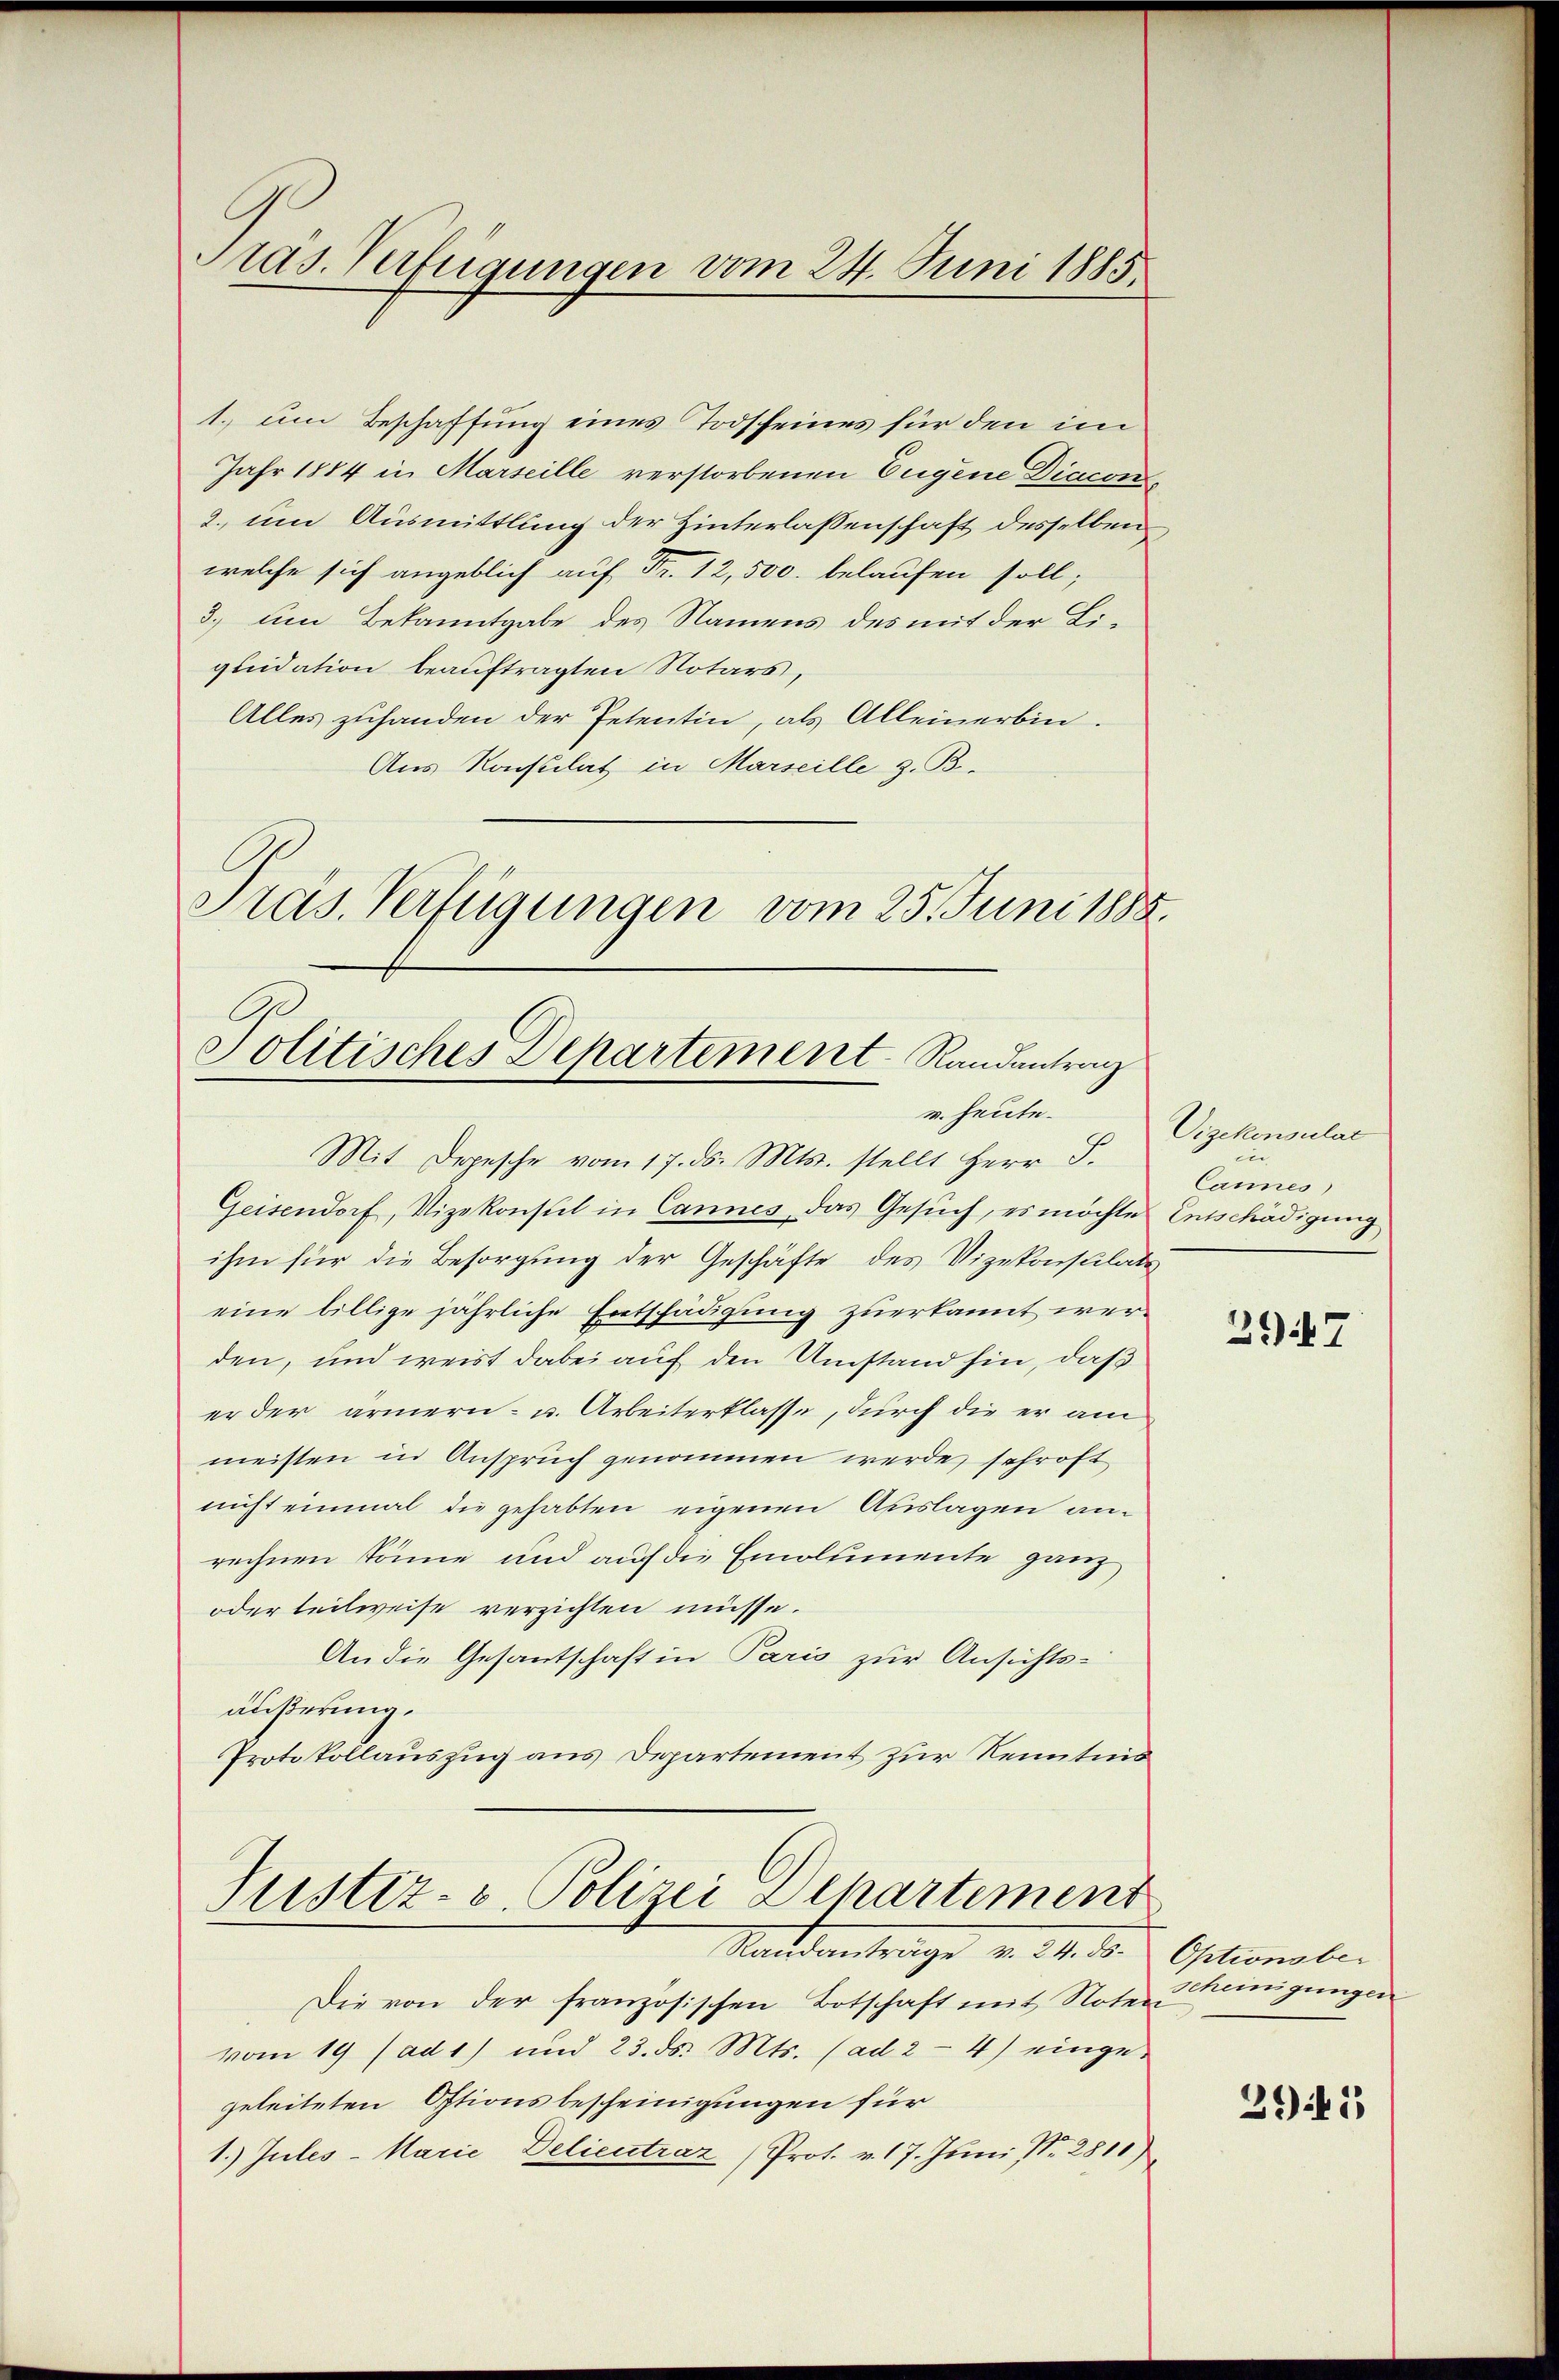
Pras. Verfügungen vom 24. Juni 1885

1. um Beschaffung eines Todscheines für den im
Jahr 1884 in Marseille verstorbenen Eugene Diacon¬
2. um Ausmittlung der Hinterlassenschaft desselben
welche sich angeblich auf Fr. 12,500. belaufen soll;
3.) Um Bekanntgabe des Namens des mit der Liquidation beauftragten Notars,
Alles zuhanden der Petentin, als Alleinerbin-
Aus Konsulat in Marseille z. B.
Präs. Verfügungen vom 25. Juni 1888.

Politisches Departement Randantrag
v. heute.

Mit Depesche vom 17. ds. Mts. stellt Herr S.
Geisendorf, Vizekonsul in Cannes, das Gesŭch, es möchte Entschädigung
ihm für die Besorgung der Geschäfte des Vizekonsulate
eine billige jährliche Entschädigung zuerkannt werden, und weist dabei auf den Umstand hin, daß
er der armern- u. Arbeiterklasse, durch die er am
meisten in Anspruch genommen werde, schrift
nicht einmal die gehabten eigenen Auslagen anrechnen könne und auf die Emolumente ganz
oder teilweise verzichten müsse.
An die Gesantschaft in Paris zur Ansichtsäußerung.
Protokollauszug aus Departement zur Kenntnis

Justiz- u. Polizei Departement
Sadeantrage v. 14. d.

Die von der französischen Botschaft mit Noten
vom 19 (ad 1) und 23. ds. Mts. (ad 2 - 4) eingegeleiteten Optionsbescheinigungen für
1. Jules-Marie Delieutraz (Prot. v. 17. Juni N. 281

Vizekonsulat
in
Cannes

397

Optionsber
scheinigungen

3941